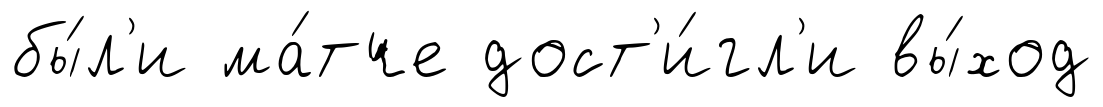
бы́л'и ма́тче дост'и́гл'и вы́ход